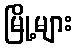
မြို့များ